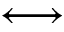
\longleftrightarrow